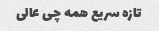
تازه سریع همه چی عالی